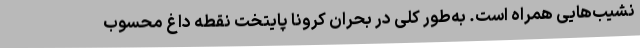
نشیب‌هایی همراه است. به‌طور کلی در بحران کرونا پایتخت نقطه داغ محسوب